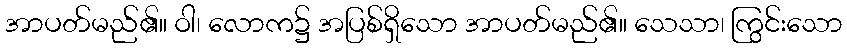
အာပတ်မည်၏။ ဝါ၊ လောက၌ အပြစ်ရှိသော အာပတ်မည်၏။ သေသာ၊ ကြွင်းသော